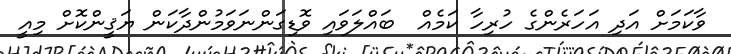
ވާކަމަށް އަދި އަހަރެންގެ ހުރިހާ ކަމެއް  ބައްލަވައި ވޮޑިގަންނަވަމުންދާކަން ޔަޤީންކޮށް މިއީ